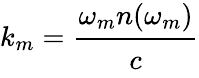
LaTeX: k_{m}=\cfrac{\omega_{m}n(\omega_{m})}{c}